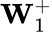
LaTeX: \textbf{W}_{1}^{+}